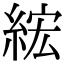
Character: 綋